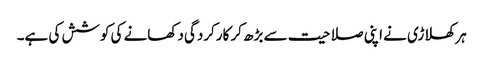
ہر کھلاڑی نے اپنی صلاحیت سے بڑھ کر کارکردگی دکھانے کی کوشش کی ہے۔